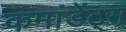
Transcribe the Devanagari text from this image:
कमांडेंट्स